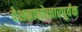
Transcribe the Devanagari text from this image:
देशकालोच्चारपूर्वक